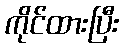
ကိုင်ထားပြီး